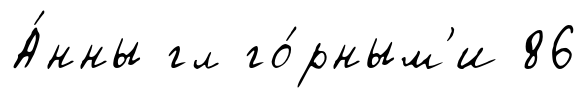
А́нны гл го́рным'и 86